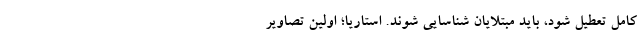
کامل تعطیل شود، باید مبتلایان شناسایی شوند. استاریا؛ اولین تصاویر